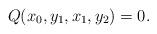
LaTeX: \begin{align*}Q(x_0,y_1,x_1,y_2)=0.\end{align*}